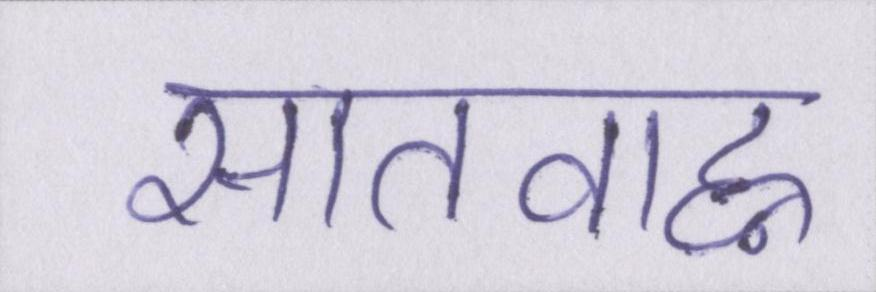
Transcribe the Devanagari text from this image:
सातवाह्न